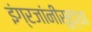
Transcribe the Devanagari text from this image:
इंग्रजांनीसुद्धा